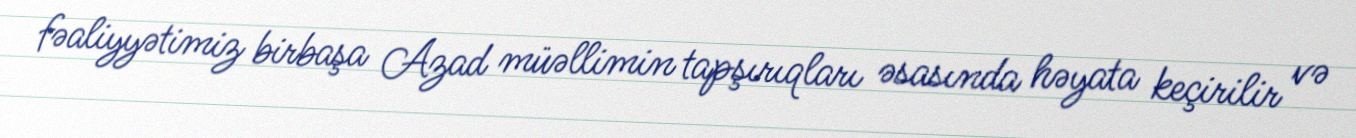
fəaliyyətimiz birbaşa Azad müəllimin tapşırıqları əsasında həyata keçirilir və